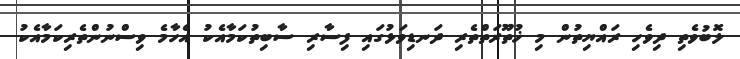
ލޮބުވެތި ދިވެހި ރައްޔިތުން މި ޚުތޫރަތްތެރި ދަނޑިވަޅުގައި ފިސާރި ސާބިތުކަމާއެކު އެހާމެ ވިސްނުންތެރިކަމާއެކު